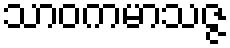
သာဝကမာသဇ္ဇ